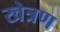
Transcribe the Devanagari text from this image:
खेत्रण